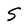
Character: S